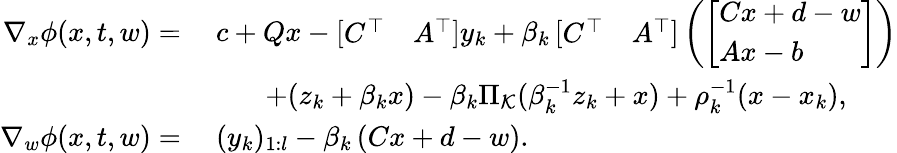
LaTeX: \begin{array}{rl}{\nabla_{x}\phi(x,t,w)=}&{\ c+Qx-\left[\begin{array}{ll}{C^{\top}}&{A^{\top}}\end{array}\right]y_{k}+\beta_{k}\left[\begin{array}{ll}{C^{\top}}&{A^{\top}}\end{array}\right]\left(\left[\begin{array}{l}{Cx+d-w}\\ {Ax-b}\end{array}\right]\right)}\\ &{\qquad+(z_{k}+\beta_{k}x)-\beta_{k}\Pi_{\mathcal{K}}(\beta_{k}^{-1}z_{k}+x)+\rho_{k}^{-1}(x-x_{k}),}\\ {\nabla_{w}\phi(x,t,w)=}&{\ (y_{k})_{1:l}-\beta_{k}\left(Cx+d-w\right).}\end{array}